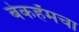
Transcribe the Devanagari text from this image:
बेकहॅमचा